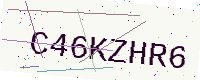
Text: C46KZHR6